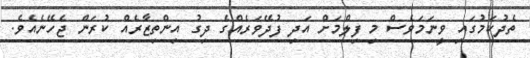
ތެދުކަމުގައި ވީނަމަވެސް މި ފިލްމަށް އަދި ފުދޭވަރެއްގެ ދިގު އިންތިޒާރެއް ކުރަން ޖެހޭނެއެވެ.